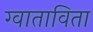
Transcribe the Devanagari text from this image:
ग्वाताविता